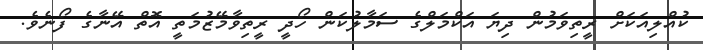
ކުއްލިއަކަށް ރީތިވަމުން ދިޔަ އަކްމަލްގެ ސަމާލުކަން ހޯދީ ރީތިވާމޭޒުމަތީ އޮތް އޭނާގެ ފޯނެވެ.